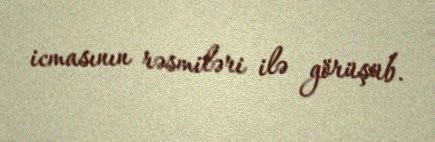
icmasının rəsmiləri ilə görüşüb.